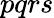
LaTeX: pqrs